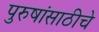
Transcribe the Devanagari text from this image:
पुरुषांसाठीचे